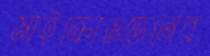
মাইক্রোওভেনের